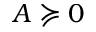
A \succcurlyeq 0